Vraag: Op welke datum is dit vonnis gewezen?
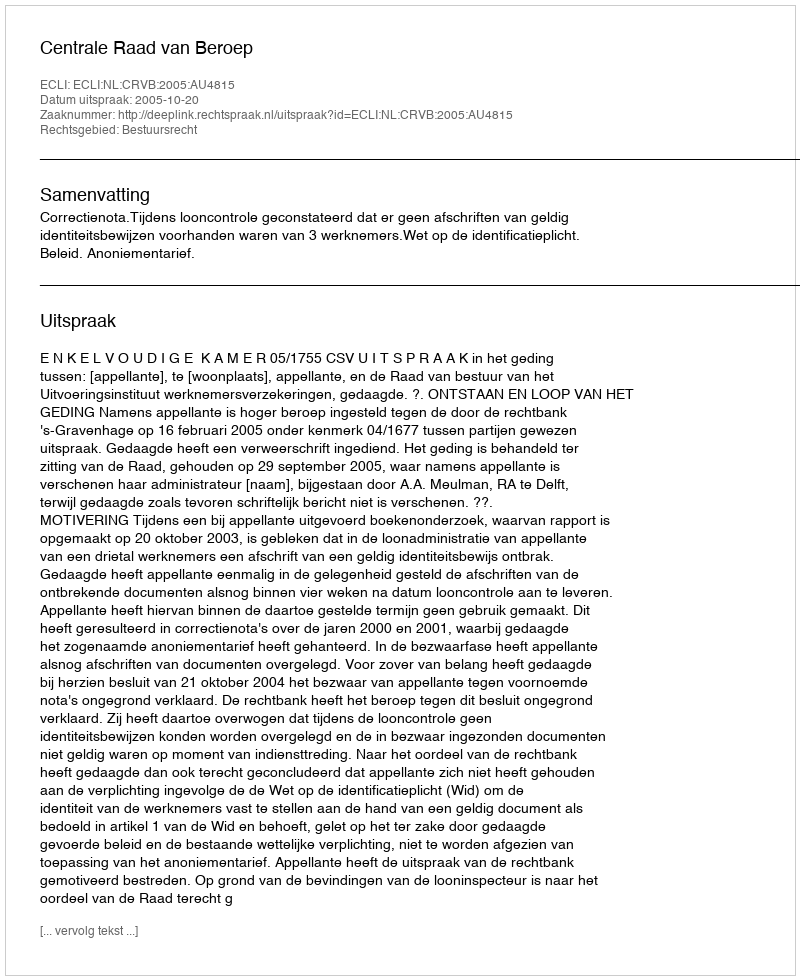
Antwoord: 2005-10-20